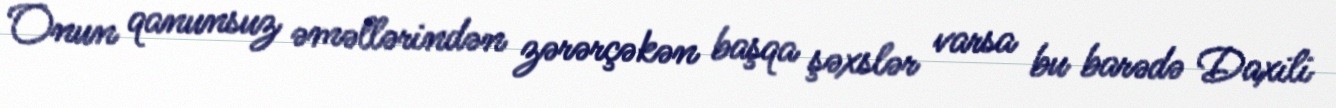
Onun qanunsuz əməllərindən zərərçəkən başqa şəxslər varsa bu barədə Daxili